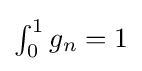
{\textstyle \int _{0}^{1}g_{n}=1}